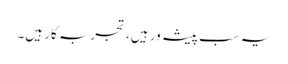
یہ سب پیشہ ور ہیں، تجربہ کار ہیں۔